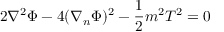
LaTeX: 2 \nabla ^ { 2 } \Phi - 4 ( \nabla _ { n } \Phi ) ^ { 2 } - \frac { 1 } { 2 } m ^ { 2 } T ^ { 2 } = 0